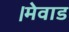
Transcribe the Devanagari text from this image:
।मेवाड